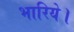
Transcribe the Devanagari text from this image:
भारिये।